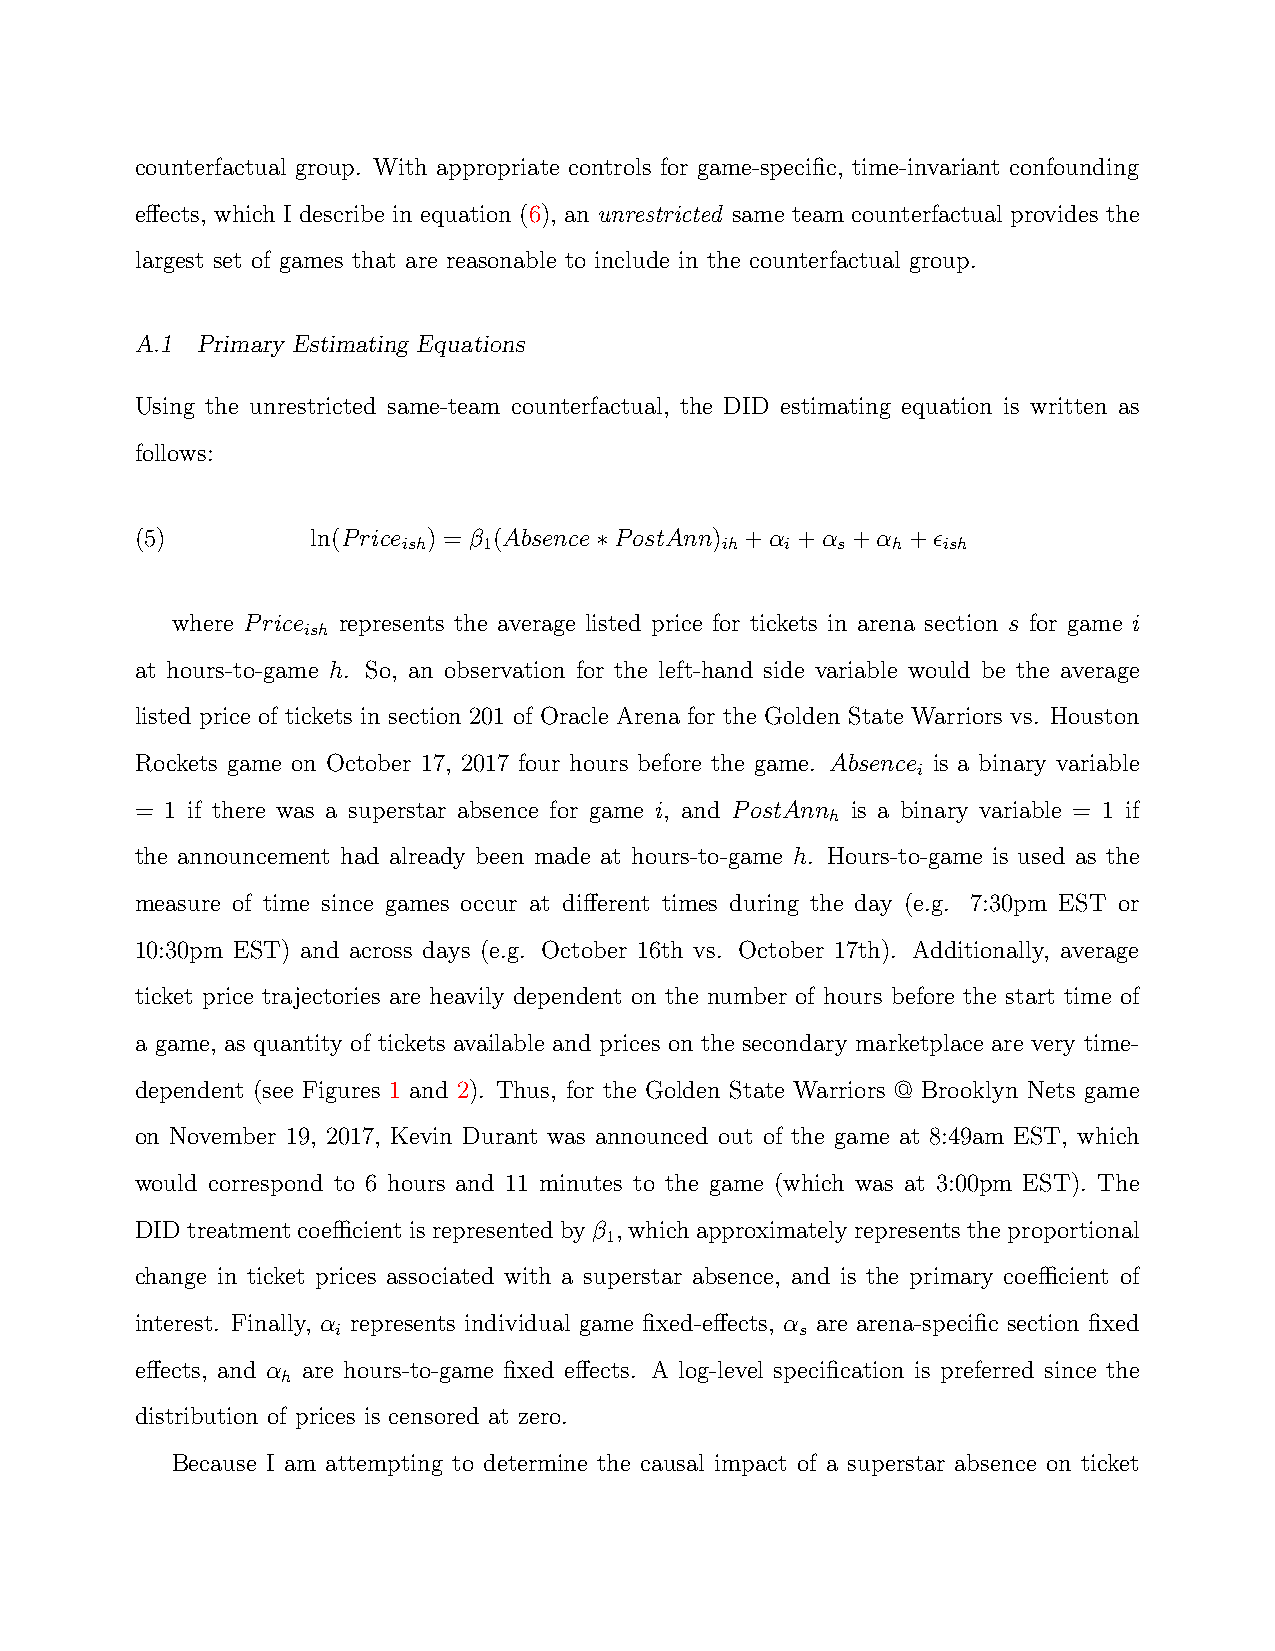
counterfactual group. With appropriate controls for game-specific, time-invariant confounding
 effects, which I describe in equation (6), an unrestricted same team counterfactual provides the
 largest set of games that are reasonable to include in the counterfactual group.
 A.1 Primary Estimating Equations
 Using the unrestricted same-team counterfactual, the DID estimating equation is written as
 follows:
 (5)         ln(Price ) = β (Absence∗PostAnn) +α +α +α +ϵ
 ish  1               ih  i  s   h  ish
 where Price represents the average listed price for tickets in arena section s for game i
 ish
 at hours-to-game h. So, an observation for the left-hand side variable would be the average
 listed price of tickets in section 201 of Oracle Arena for the Golden State Warriors vs. Houston
 Rockets game on October 17, 2017 four hours before the game. Absence is a binary variable
 i
 = 1 if there was a superstar absence for game i, and PostAnn is a binary variable = 1 if
 h
 the announcement had already been made at hours-to-game h. Hours-to-game is used as the
 measure of time since games occur at different times during the day (e.g. 7:30pm EST or
 10:30pm EST) and across days (e.g. October 16th vs. October 17th). Additionally, average
 ticket price trajectories are heavily dependent on the number of hours before the start time of
 a game, as quantity of tickets available and prices on the secondary marketplace are very time-
 dependent (see Figures 1 and 2). Thus, for the Golden State Warriors @ Brooklyn Nets game
 on November 19, 2017, Kevin Durant was announced out of the game at 8:49am EST, which
 would correspond to 6 hours and 11 minutes to the game (which was at 3:00pm EST). The
 DIDtreatmentcoefficientisrepresentedbyβ , whichapproximatelyrepresentstheproportional
 1
 change in ticket prices associated with a superstar absence, and is the primary coefficient of
 interest. Finally, α represents individual game fixed-effects, α are arena-specific section fixed
 i                              s
 effects, and α are hours-to-game fixed effects. A log-level specification is preferred since the
 h
 distribution of prices is censored at zero.
 Because I am attempting to determine the causal impact of a superstar absence on ticket